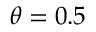
\textstyle \theta = 0 . 5